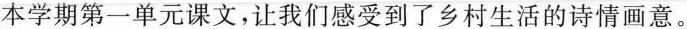
本学期第一单元课文，让我们感受到了乡村生活的诗情画意。